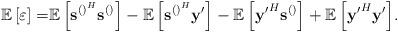
LaTeX: \begin{align*} \mathbb{E}\left[\varepsilon\right]=&{\mathbb{E}\left[\mathbf{s}^{\left(\right)^H}\mathbf{s}^{\left(\right)}\right]}-{\mathbb{E}\left[\mathbf{s}^{\left(\right)^H}\mathbf{y}'\right]}-{\mathbb{E}\left[\mathbf{y'}^H\mathbf{s}^{\left(\right)}\right]}+{\mathbb{E}\left[\mathbf{y'}^H\mathbf{y}'\right]}.\end{align*}